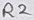
Text: R2